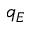
q _ { E }